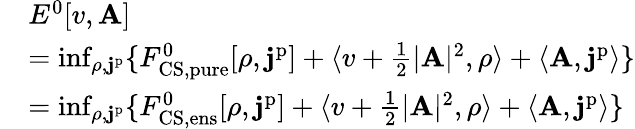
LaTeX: \begin{array}{rl}&{E^{0}[v,\mathbf{A}]}\\ &{=\operatorname*{inf}_{\rho,\mathbf{j}^{\mathrm{p}}}\{ F_{\mathrm{CS,pure}}^{0}[\rho,\mathbf{j}^{\mathrm{p}}]+\langle v+\frac{1}{2}|\mathbf{A}|^{2},\rho\rangle+\langle\mathbf{A},\mathbf{j}^{\mathrm{p}}\rangle\} }\\ &{=\operatorname*{inf}_{\rho,\mathbf{j}^{\mathrm{p}}}\{ F_{\mathrm{CS,ens}}^{0}[\rho,\mathbf{j}^{\mathrm{p}}]+\langle v+\frac{1}{2}|\mathbf{A}|^{2},\rho\rangle+\langle\mathbf{A},\mathbf{j}^{\mathrm{p}}\rangle\} }\end{array}